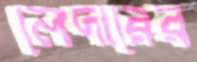
লেদারের